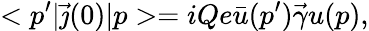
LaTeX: <p^{\prime}|\vec{\jmath}(0)|p>=iQe\bar{u}(p^{\prime})\vec{\gamma}u(p),